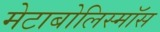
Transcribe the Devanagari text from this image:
मेटाबोलिस्मॉस